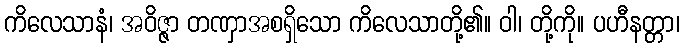
ကိလေသာနံ၊ အဝိဇ္ဇာ တဏှာအစရှိသော ကိလေသာတို့၏။ ဝါ၊ တို့ကို။ ပဟီနတ္တာ၊